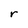
Character: r